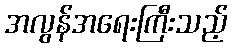
အလွန်အရေးကြီးသည့်